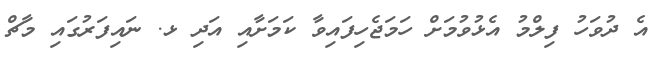
އެ ދުވަހު ފިލްމު އެޅުވުމަށް ހަމަޖެހިފައިވާ ކަމަށާއި އަދި ޅ. ނައިފަރުގައި މާޗް